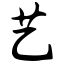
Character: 艺